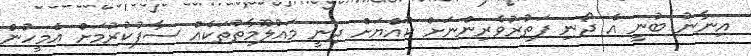
އިނާނު ބުނީ އެ ދޯނި ފަތުރުވެރިންނަށް ކުއްޔަށް ދިނީ މައުލޫމާތުތަކެއް ސާފުކުރުމަށް އެމީހުން